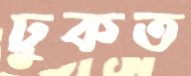
ঢুকত